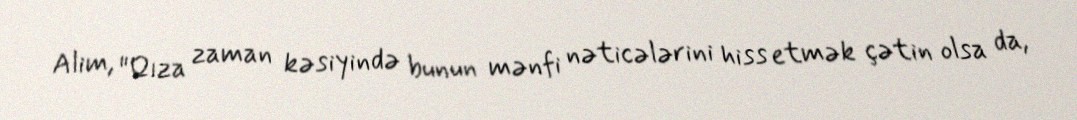
Alim, "Qıza zaman kəsiyində bunun mənfi nəticələrini hiss etmək çətin olsa da,